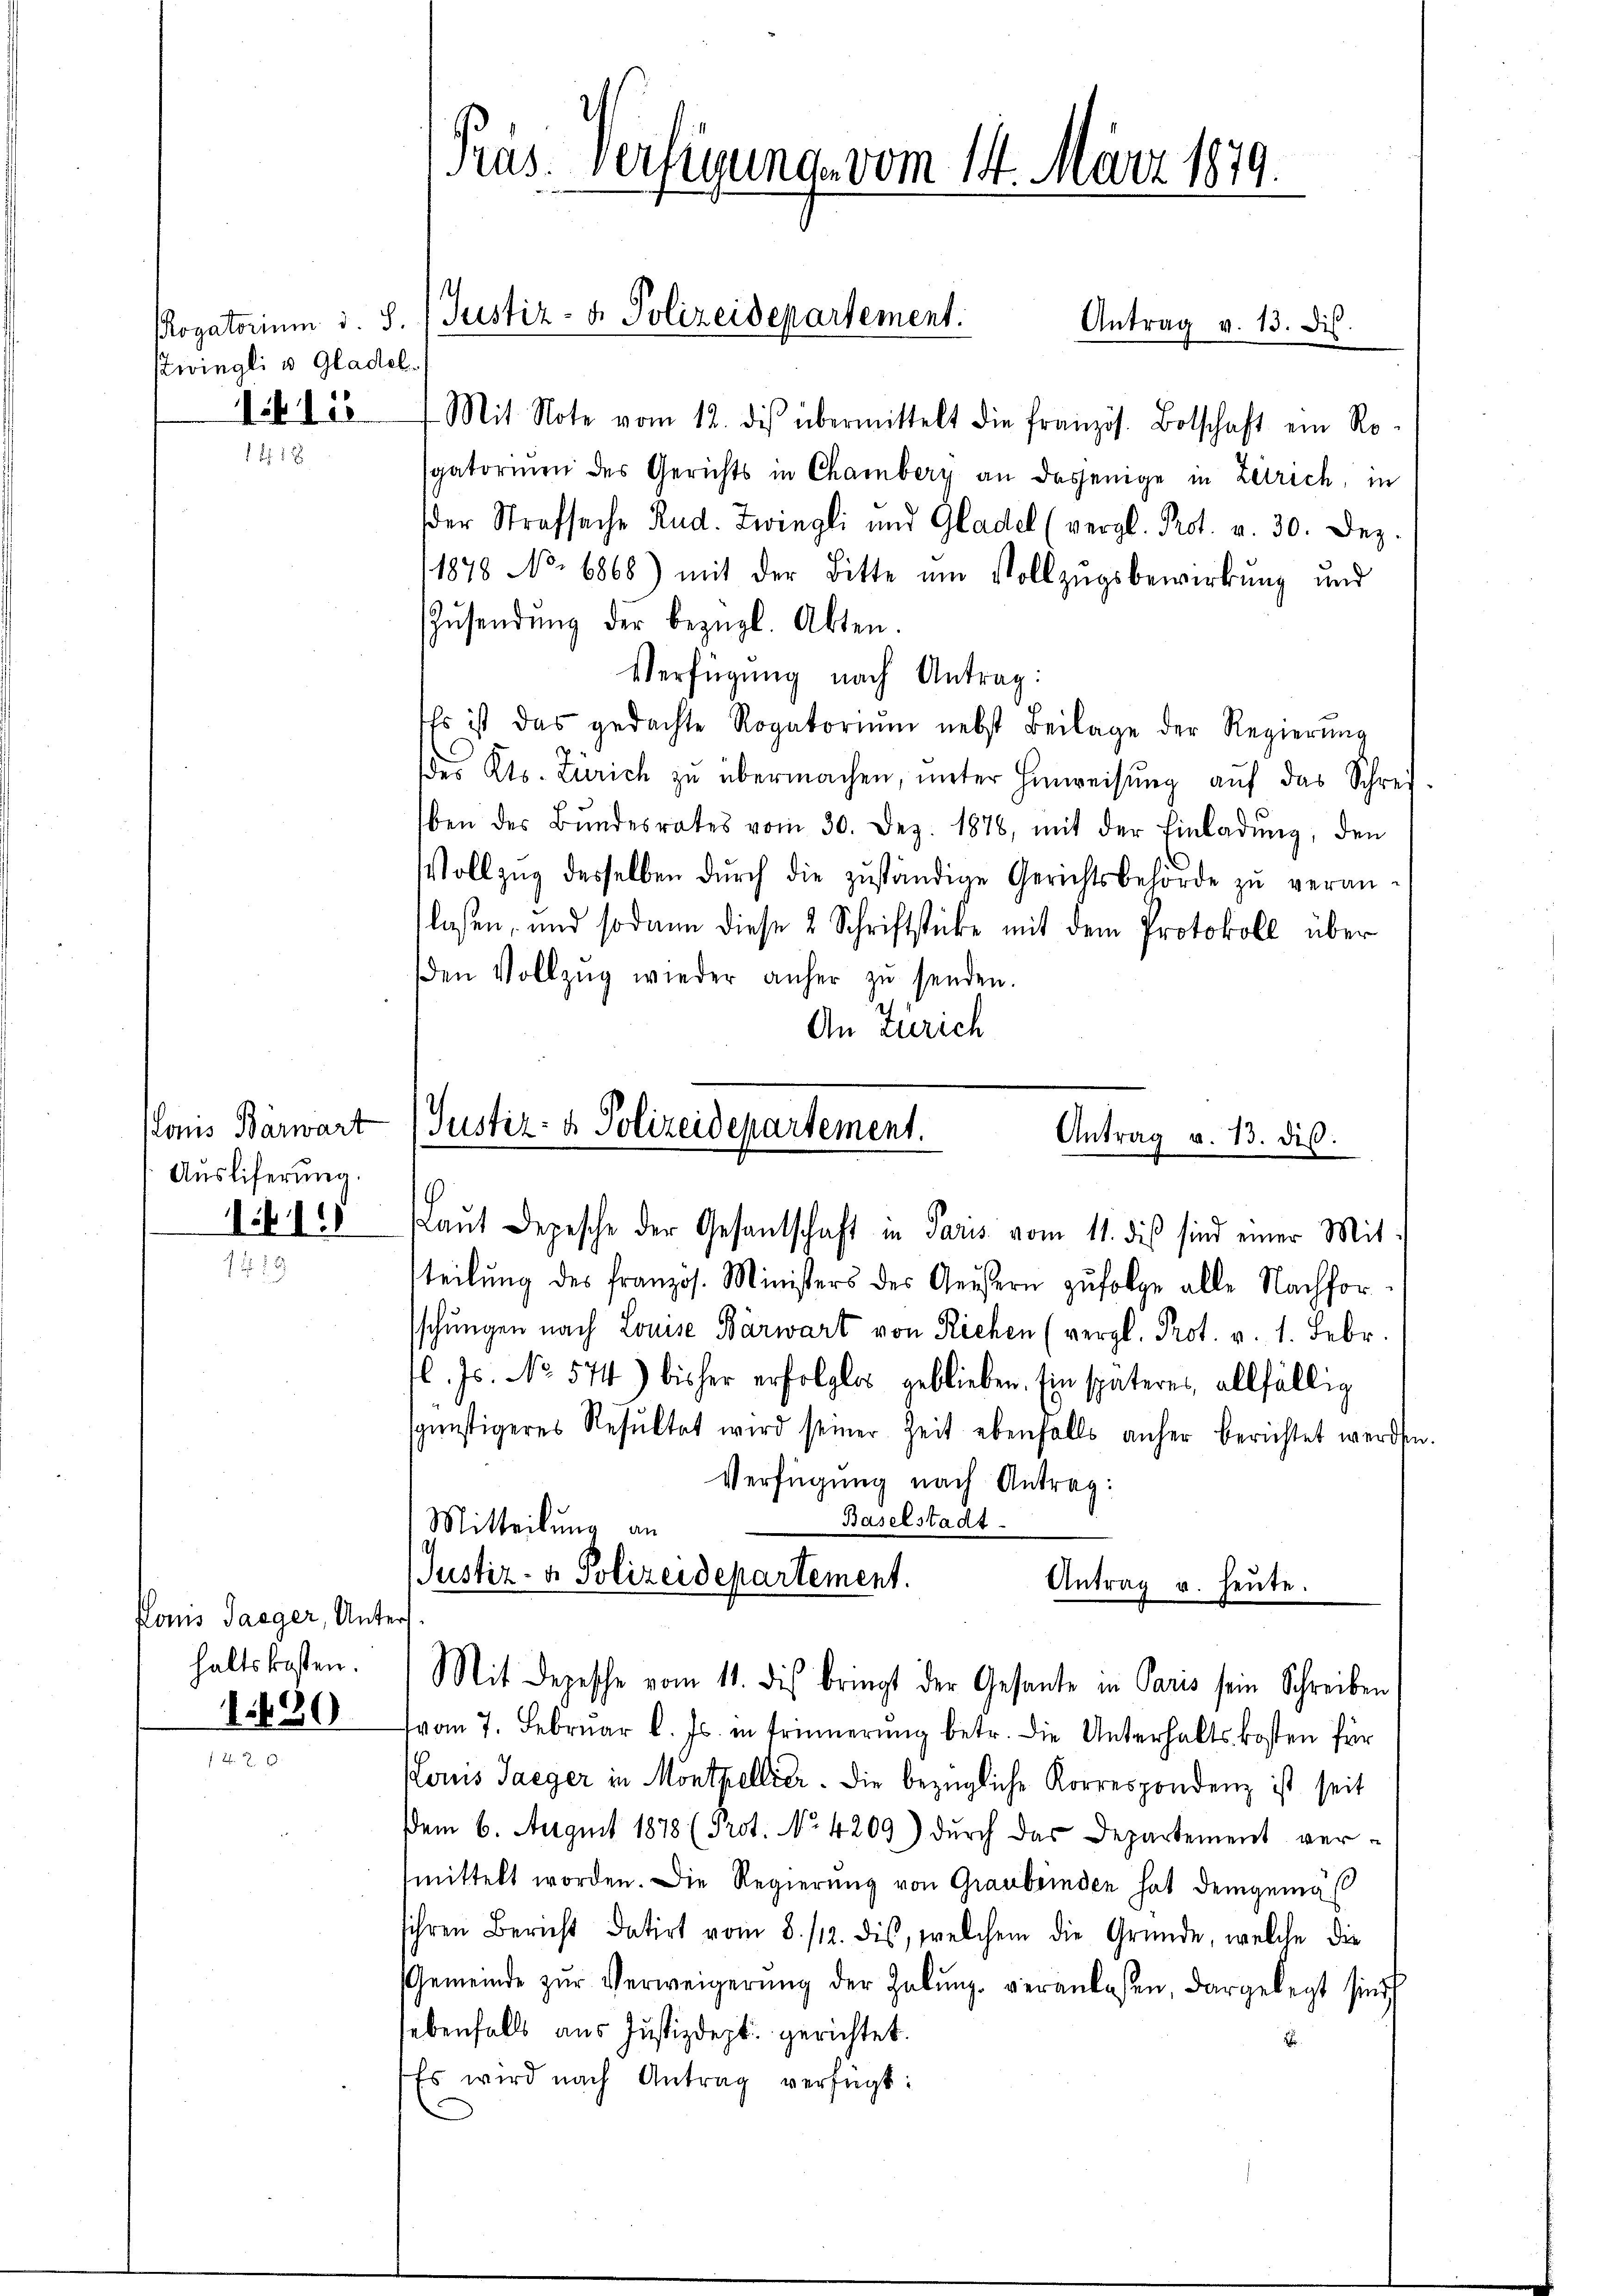
stwingli u. Gladel.
12

1 f 12

lonis Bärwart
Ausliferung.
141.

konis Taeger, Unters
haltskosten.
1430

9.
Präs. Verfügung vom 14. März 1812.

Mit Note vom 12. des übermittelt die französ. Botschaft ein Ro
sgatorien des Gerichts in Chamberg an dasjenige in Zetrich, in
der Strafsache Rud. Zwingli und Gladel (vergl. Prot. v. 30. Dez.
11878 No. 6868) mit der Bitte ŭm Vollzŭgsbewirkung und
Zŭsendŭng der bezügl. Akten.
Verfügung nach Antrag:
Es ist das gedachte Rogatoriŭm nebst Beilage der Regierŭng
des Kts. Zürich zŭ übermachen, unter Hinweisŭng aŭf das Schrei-
lben des Bŭndesrates vom 30. Dez. 1878, mit der Einladŭng, den
Vollzŭg desselben dŭrch die zŭständige Gerichtsbehörde zŭ veran-
flaßen, und sodann diese 2 Schriftstücke mit dem Protokoll über
den Vollzŭg wieder anher zŭ senden.
An Zürich

Rogatorium s. S. / Justiz- & Polizeidepartement.
Antrag v. 13. ds.

Justiz- & Polizeidepartement.
Antrag v. 13. dis.
Laŭt Depesche der Gesantschaft in Paris vom 11. dies sind einer Mit-

teilŭng des Französ. Ministers des Geistern zŭfolge alle Nachforsschungen nach Louise Bärwart von Richen (vergl. Prot. v. 1. Febr.
l. Js. No 574) bisher erfolglos geblieben. Ein späteres allfällig
günstigeres Resŭltat wird seiner Zeit ebenfalls anher berichtet werden.
Verfügung nach Antrag:
Baselstadt
Mitteilung an
Justiz- & Polizeidepartement.
Antrag u. heute.

Mit Depesche vom 11. des bringt der Gesante in Paris sein Schreiben

vvom 7. Februar l. Js. in Erinnerung betr. die Unterhaltskosten für
oms Taeger in Montpellier. Die bezügliche Korrespondenz ist seit
em 6. August 1878 (Prot. No. 4209) dŭrch das Departement ver-
fmittelt worden. Die Regierung von Graubrinden hat demgemäß
sihren Bericht datirt vom 8./12. dis, welchem die Gründe, welche die
Gemeinde zŭr Verweigerŭng der Hebŭng veranlassen, dargelegt sind
ebenfalls aus Justizdept: gerichtet.
Es wird nach Antrag verfügt: